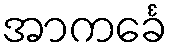
အာကင်္ခေ